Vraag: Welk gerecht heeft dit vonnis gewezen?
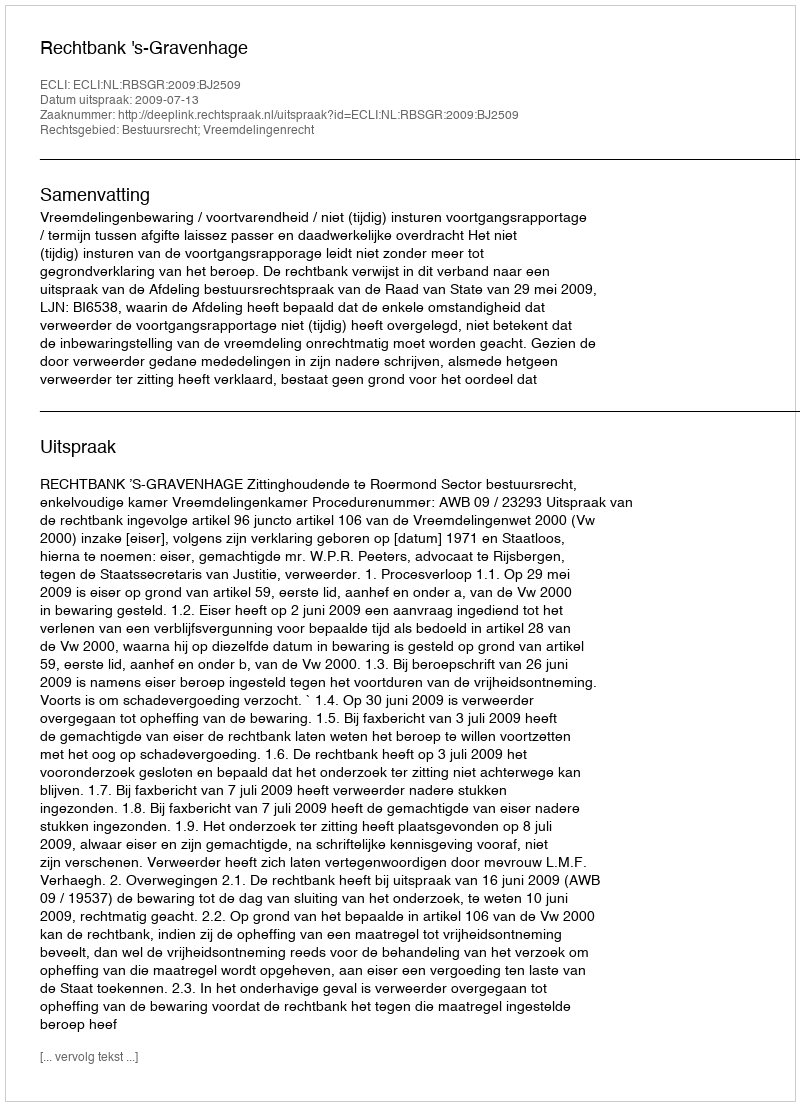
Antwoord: Rechtbank 's-Gravenhage